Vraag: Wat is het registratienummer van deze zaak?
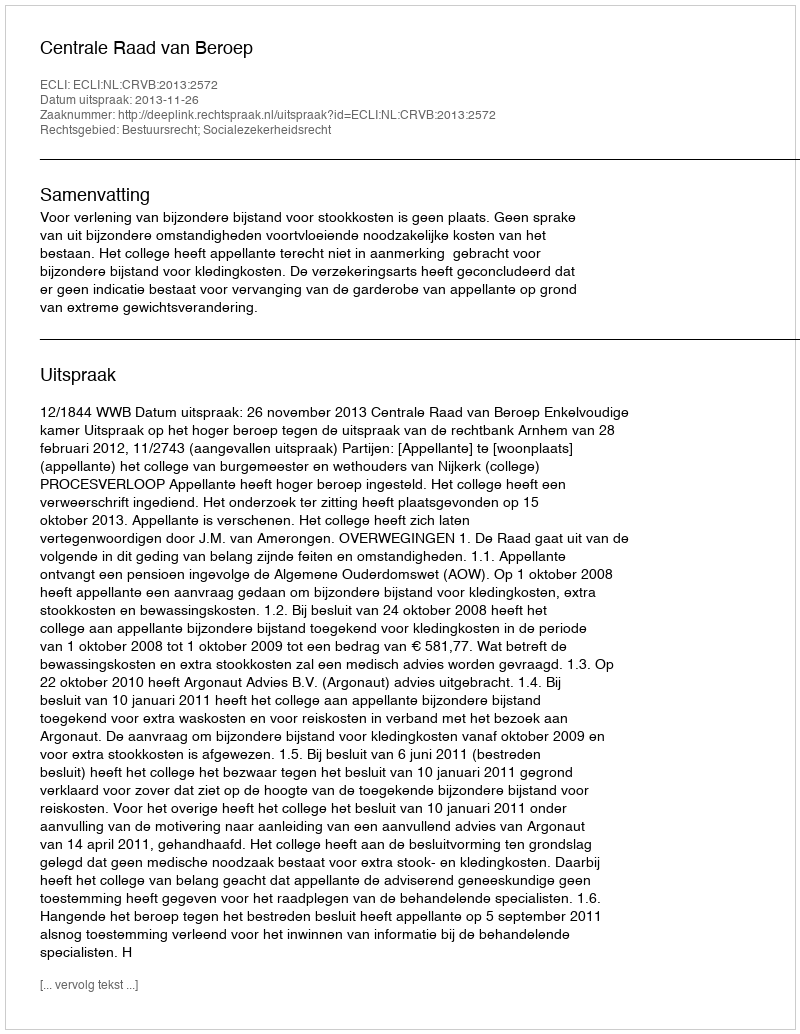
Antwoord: http://deeplink.rechtspraak.nl/uitspraak?id=ECLI:NL:CRVB:2013:2572